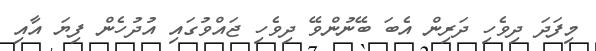
މިފަދަ ދިވެހި ދަރިން އެބަ ބޭނުންވޭ ދިވެހި ޖައްވުގައި އުދުހެން ފިޔަ އާއި